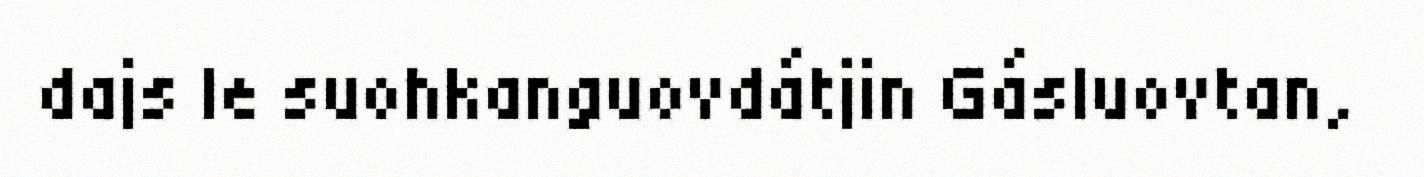
dajs le suohkanguovdátjin Gásluovtan,